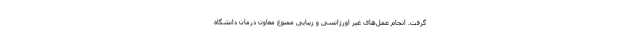
گرفت. انجام عمل‌های غیر اورژانسی و زیبایی ممنوع معاون درمان دانشگاه